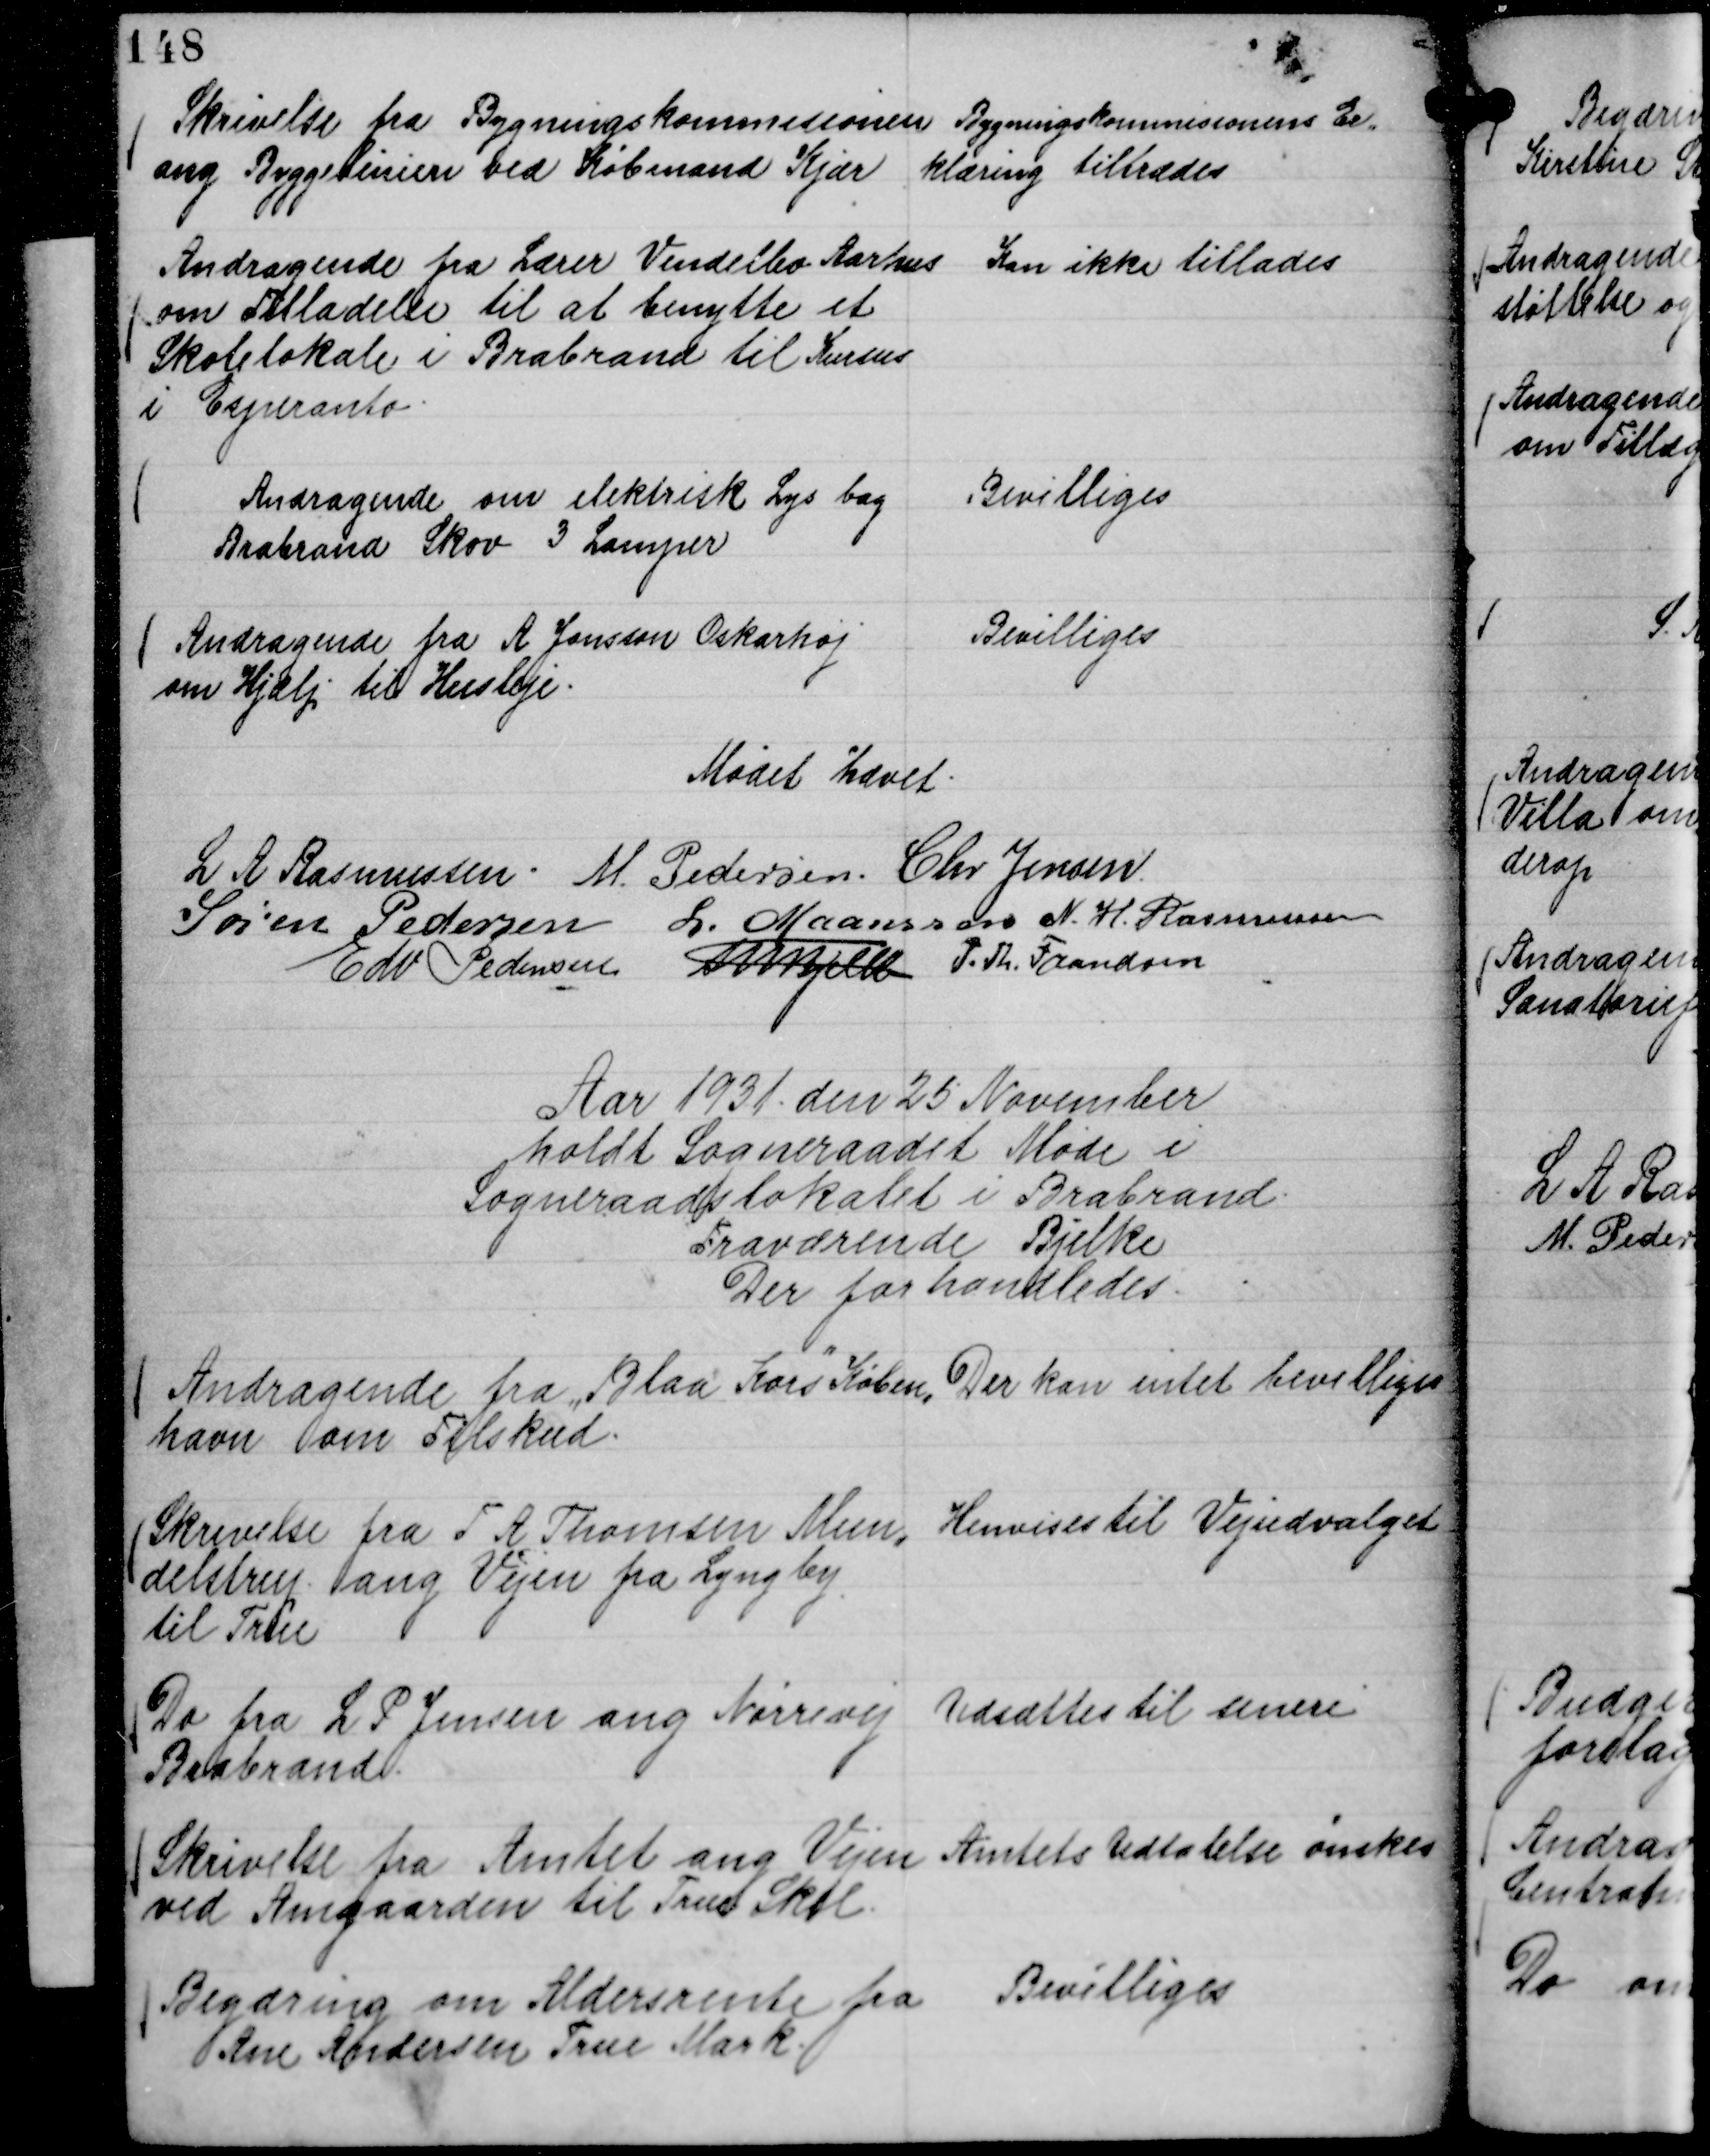
Transskription:
Skrivelse fra Bygningskommisionen
ang Byggelinien ved Købmand Kjær

Bygningskommisionens Er,,
klæring tiltrædes

Andragende fra Lærer Vendelbo Aarhus
om Tilladelse til at benytte et
Skolelokale i Brabrand til Kursus
i Esperanto.

Kan ikke tillades

Andragende om elektrisk Lys bag
Brabrand Skov 3 Lamper

Bevilliges

Andragende fra A Jansson Oskarhøj
om Hjælp til Husleje.

Bevilliges

Mødet hævet.
L A Rasmussen.
M. Pedersen
Chr Jensen
Søren Pedersen
L. Maansson
N. H. Rasmussen
Edv Pedersen
Th Bjelke
P. Th. Frandsen

Aar 1931 den 25 November
holdt Sogneraadet Møde i
Sogneraadslokalet i Brabrand.
Fraværende Bjelke
Der forhandledes.

Andragende fra "Blaa Kors"

Køben,,
havn om Tilskud.

Der kan intet bevilliges

Skrivelse fra T A Thomsen Mun,,
delstrup ang Vejen fra Lyngby
til True

Henvises til Vejudvalget

Do fra L P Jensen ang Nørrevej
Brabrand.

Udsættes til senere

Skrivelse fra Amtet ang Vejen
ved Amgaarden til True Skel.

Amtets Udtalelse ønskes

Begæring om Aldersrente fra
Ane Andersen True Mark.

Bevilliges